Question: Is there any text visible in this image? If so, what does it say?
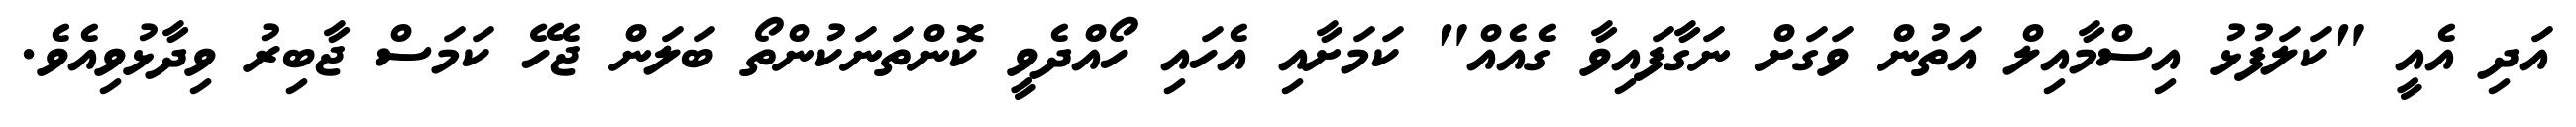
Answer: އަދި އެއީ "ކަލަފުޅު އިސްމާއިލް އަތުން ވަގަށް ނަގާފައިވާ ގެއެއް" ކަމަށާއި އެހައި ހޯއްދެވީ ކޮންތަނަކުންތޯ ބަލަން ޖެހޭ ކަމަސް ޖާބިރު ވިދާޅުވިއެވެ.